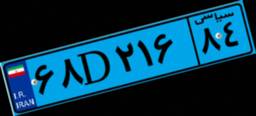
۶۸D۲۱۶۸۴